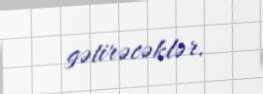
gətirəcəklər.